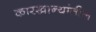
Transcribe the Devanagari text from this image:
कारखान्यांतील